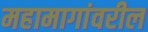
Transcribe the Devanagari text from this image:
महामागांवरील